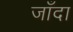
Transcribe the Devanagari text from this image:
जाँदा